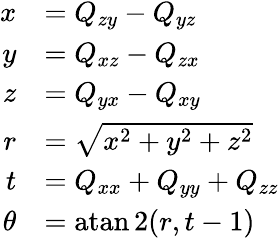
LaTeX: {\begin{array}{rl}{x}&{=Q_{zy}-Q_{yz}}\\ {y}&{=Q_{xz}-Q_{zx}}\\ {z}&{=Q_{yx}-Q_{xy}}\\ {r}&{={\sqrt{x^{2}+y^{2}+z^{2}}}}\\ {t}&{=Q_{xx}+Q_{yy}+Q_{zz}}\\ {\theta}&{=\operatorname{atan2}(r,t-1)}\end{array}}